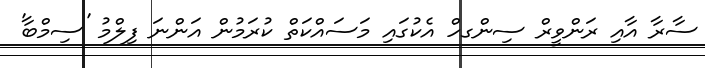
ސާރާ އާއި ރަންވީރް ސިންގހް އެކުގައި މަސައްކަތް ކުރަމުން އަންނަ ފިލްމު 'ސިމްބާ'